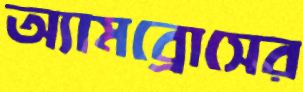
অ্যামব্রোসের